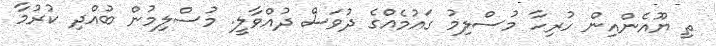
ތި ޔޫއެންއިން ހުރިހާ މުސްލިމު ގައުމެއްގެ ދުވަސް ދުއްވާލީ. މުސްލިމުން ބުއްދި ކުރުމާ